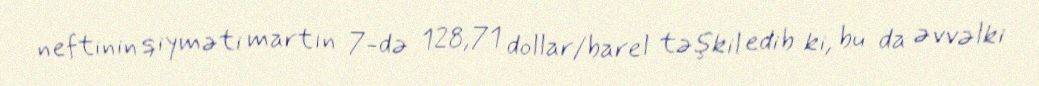
neftinin qiyməti martın 7-də 128,71 dollar/barel təşkil edib ki, bu da əvvəlki